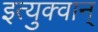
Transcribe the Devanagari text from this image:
इत्युक्वान्